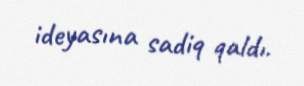
ideyasına sadiq qaldı.